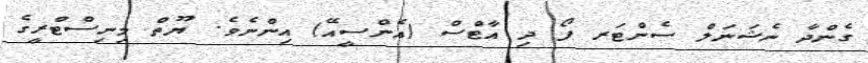
ގެންދާ ނެޝަނަލް ސެންޓަރ ފޯ ދި އާޓްސް (އެންސީއޭ) އިންނެވެ. ޔޫތް މިނިސްޓްރީގެ